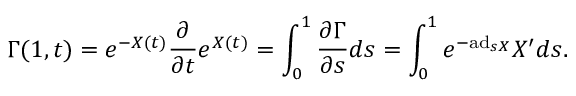
\Gamma ( 1 , t ) = e ^ { - X ( t ) } { \frac { \partial } { \partial t } } e ^ { X ( t ) } = \int _ { 0 } ^ { 1 } { \frac { \partial \Gamma } { \partial s } } d s = \int _ { 0 } ^ { 1 } e ^ { - \mathrm { a d } _ { s X } } X ^ { \prime } d s .